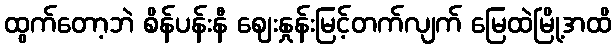
ထွက်တော့ဘဲ စိန်ပန်းနီ ဈေးနှုန်းမြင့်တက်လျက် မြေထဲမြို့အထိ